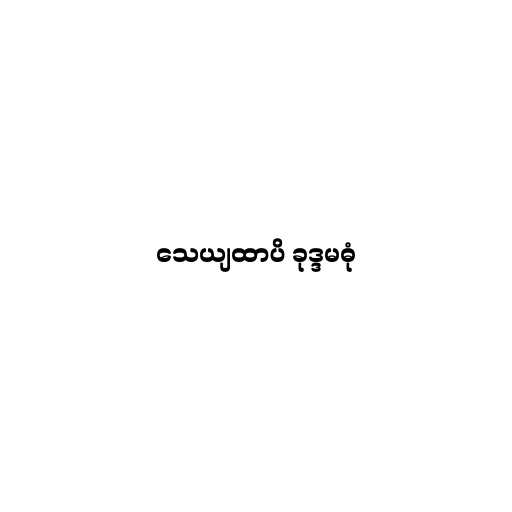
သေယျထာပိ ခုဒ္ဒမဓုံ